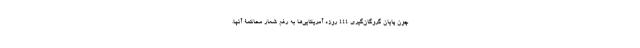
چون پایان گروگان‌گیری 444 روزه آمریکایی‌ها به رغم شعار محاکمۀ آنها،